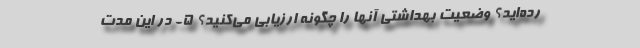
رده‌اید؟ وضعیت بهداشتی آنها را چگونه ارزیابی می‌کنید؟ 5- در این مدت